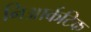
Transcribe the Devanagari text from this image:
निआर्कटिक